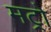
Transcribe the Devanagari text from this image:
मट्रो